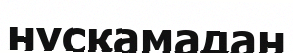
нұсқамадан